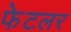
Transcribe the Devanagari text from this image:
फेटलर